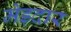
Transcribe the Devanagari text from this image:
मेड़दार